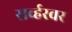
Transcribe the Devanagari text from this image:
सर्व्हरवर